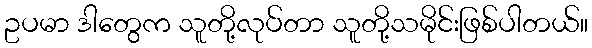
ဥပမာ ဒါတွေက သူတို့လုပ်တာ သူတို့သမိုင်းဖြစ်ပါတယ်။